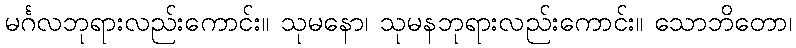
မင်္ဂလဘုရားလည်းကောင်း။ သုမနော၊ သုမနဘုရားလည်းကောင်း။ သောဘိတော၊